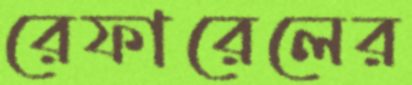
রেফারেলের